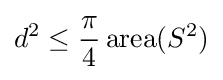
d^{2}\leq {\frac {\pi }{4}}\operatorname {area} (S^{2})